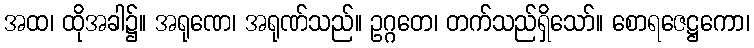
အထ၊ ထိုအခါ၌။ အရုဏေ၊ အရုဏ်သည်။ ဥဂ္ဂတေ၊ တက်သည်ရှိသော်။ စောရဇေဋ္ဌကော၊